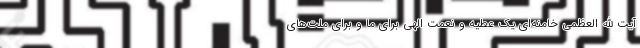
آیت الله العظمی خامنه‌ای یک عطیه و نعمت الهی برای ما و برای ملت‌های